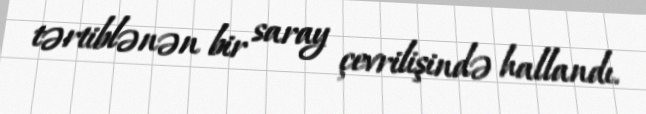
tərtiblənən bir saray çevrilişində hallandı.